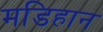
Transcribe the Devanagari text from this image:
मडिहान